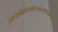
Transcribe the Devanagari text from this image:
ज्ञानशक्तिसमारूढतत्त्वमालाविभूषणे